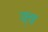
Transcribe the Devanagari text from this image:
क्व्